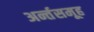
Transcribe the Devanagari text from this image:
अर्न्तसमूह